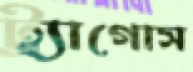
ট্র্যাগোস